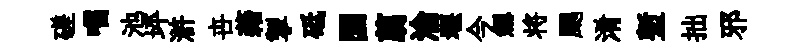
磋嚅池坪滸卋藉掣砥圜翦淪堰今劔将颸淆塹拙邪